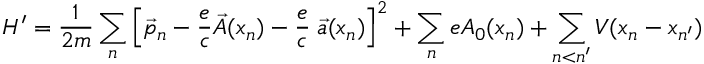
H ^ { \prime } = \frac { 1 } { 2 m } \sum _ { n } \left[ \vec { p } _ { n } - \frac { e } { c } \vec { A } ( x _ { n } ) - \frac { e } { c } \; \vec { a } ( x _ { n } ) \right] ^ { 2 } + \sum _ { n } e A _ { 0 } ( x _ { n } ) + \sum _ { n < n ^ { \prime } } V ( x _ { n } - x _ { n ^ { \prime } } )